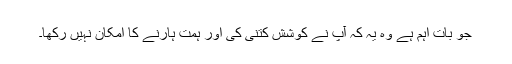
جو بات اہم ہے وہ یہ کہ آپ نے کوشش کتنی کی اور ہمت ہارنے کا امکان نہیں رکھا۔